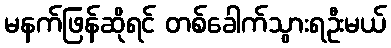
မနက်ဖြန်ဆိုရင် တစ်ခေါက်သွားရဦးမယ်